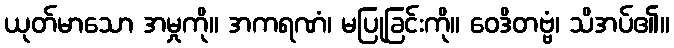
ယုတ်မာသော အမှုကို။ အကရဏံ၊ မပြုခြင်းကို။ ဝေဒိတဗ္ဗံ၊ သိအပ်၏။